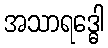
အသာရဒ္ဓေါ